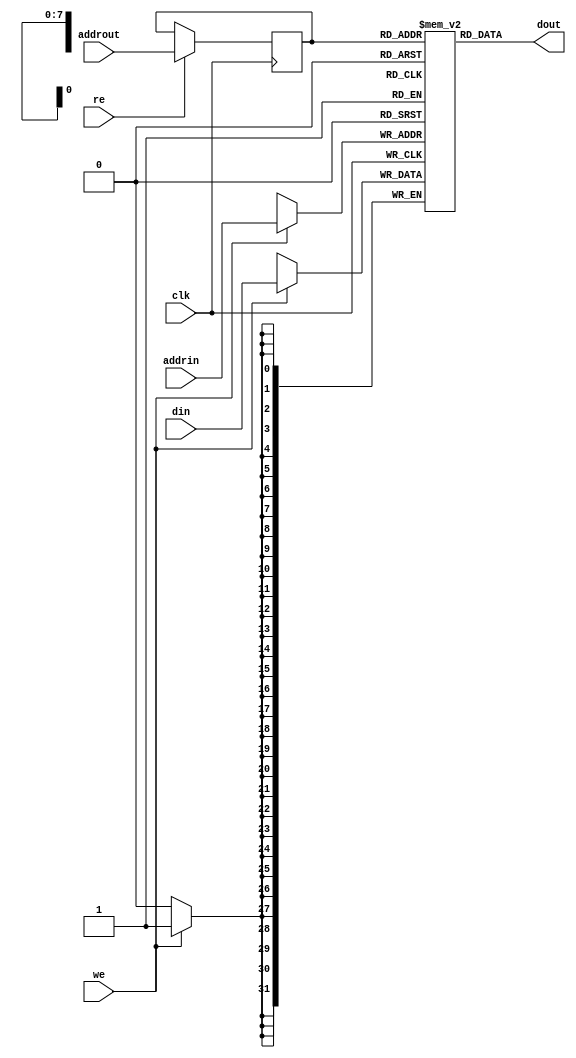
module blockedRAM_simpleDualPort #(parameter BRAM_WIDTH=32, BRAM_DEPTH=256)(
input [BRAM_WIDTH-1:0] din,
input [$clog2(BRAM_DEPTH)-1:0] addrin,
input [$clog2(BRAM_DEPTH)-1:0] addrout,
input we, re, clk,
output [BRAM_WIDTH-1:0] dout 
);

reg [BRAM_WIDTH-1:0] mem[BRAM_DEPTH-1:0];
reg [$clog2(BRAM_DEPTH)-1:0] addrout_reg;


always @(posedge clk)
begin: block0
    if (we)
        mem[addrin]<= din;
    if (re)
        addrout_reg <= addrout;        
end

assign dout = mem[addrout_reg];
endmodule